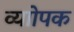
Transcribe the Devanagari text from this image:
व्याोपक